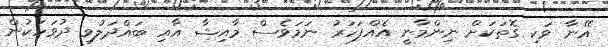
އޭނާ ވަކި ގޮތަކަށް ނިންމާނީ އެއްފަހަރު ނަމަވެސް މާއިޝާ އާއި ބައްދަލުވި ދުވަހަކުން